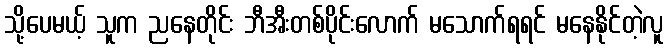
သို့ပေမယ့် သူက ညနေတိုင်း ဘီအီးတစ်ပိုင်းလောက် မသောက်ရရင် မနေနိုင်တဲ့လူ